NAE_ERA_R-1665_Eesti_Kunstnike_Liit, lk 80
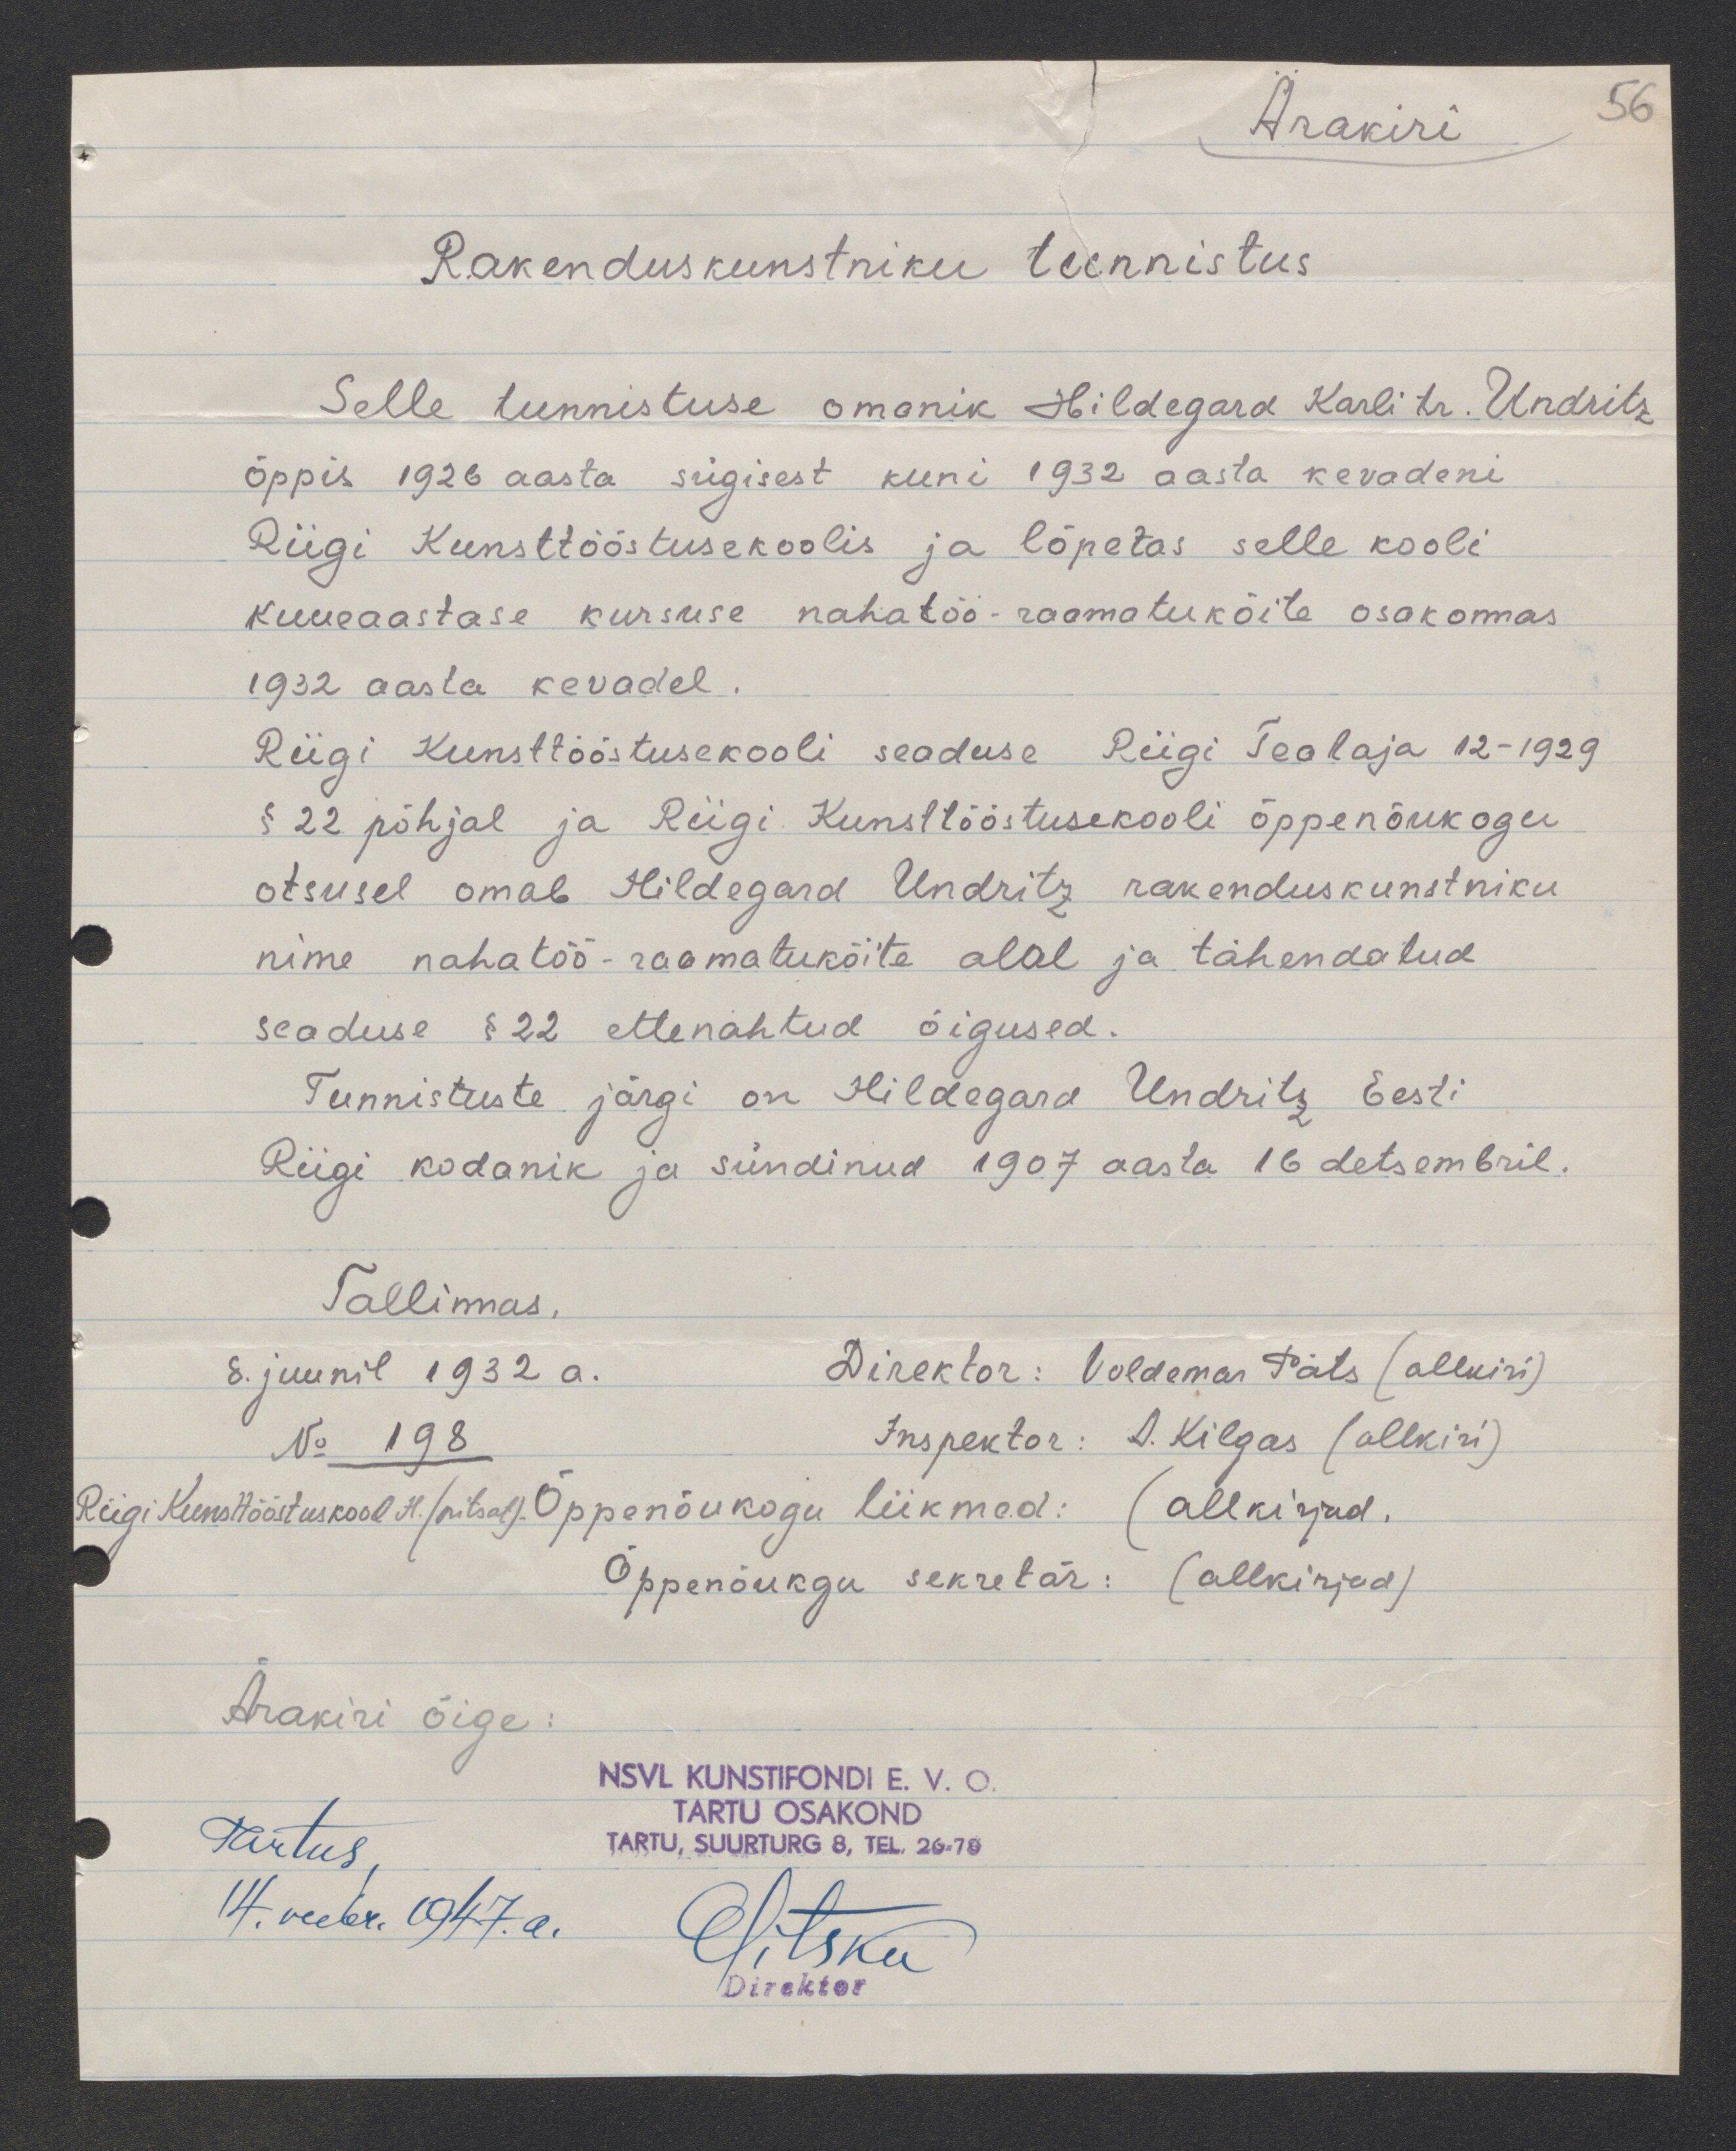
56

Ärakiri
Rakenduskunstniku tunnistus
Selle tunnistuse omanik Hildegard Karli tr. Undritz
õppis 1926 aasta sügisest kuni 1932 aasta kevadeni
Riigi Kunsttööstusekoolis ja lõpetas selle kooli
kuueaastase kursuse nahatöö-raamatuköite osakonnas
1932 aasta kevadel.
Riigi Kunsttööstusekooli seaduse Riigi Teataja 12-1929
§ 22 põhjal ja Riigi Kunsttööstusekooli õppenõukogu
otsusel omab Hildegard Undritz rakenduskunstniku
nime nahatöö-raamatuköite alal ja tähendatud
seaduse § 22 ettenähtud õigused.
Tunnistuste järgi on Hildegard Undritz Eesti
Riigi kodanik ja sündinud 1907 aasta 16 detsembril.
Tallinnas.
8. juunil 1932 a.
Direktor: Voldemar Päts ( allkiri)
No 198
Inspektor: A. Kilgas (allkiri)
Riigi Kunsttööstuskool H. (pitsat). Õppenõukogu liikmed: (allkirjad.
Õppenõukgu sekretär: (allkirjad)
Ärakiri õige:
NSVL KUNSTIFONDI E. V. O.
TARTU OSAKOND
TARTU, SUURTURG 8, TEL. 26-78
Tartus,
14. veebr. 1947. a.
ESitska
Direktor